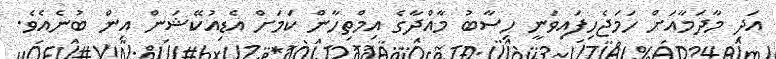
އަދި މާދަމާއަށް ހަމަޖެހިފައިވަނީ ހިސާބު މާއްދާގެ އިމްތިހާން ކަމަށް އެޑިއުކޭޝަން އިން ބުނެއެވެ.